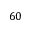
6 0